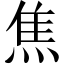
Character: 焦